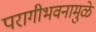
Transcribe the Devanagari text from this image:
परागीभवनामुळे